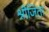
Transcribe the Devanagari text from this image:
श्रीजिता